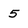
Character: 5